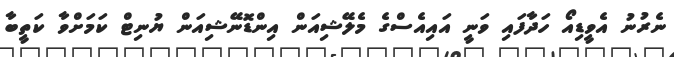
ނެރުނު އެވީޑިއޯ ހަދާފައި ވަނީ އައިއެސްގެ މެލޭޝިއަން އިންޑޮނޭޝިއަން ޔުނިޓް ކަމަށްވާ ކަތީބާ